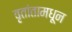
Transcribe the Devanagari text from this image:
वृतांतामधून